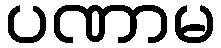
ပဏာမ